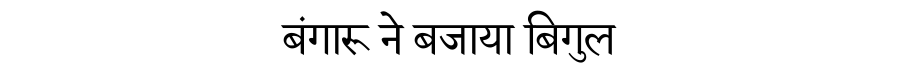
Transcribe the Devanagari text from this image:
बंगारू ने बजाया बिगुल